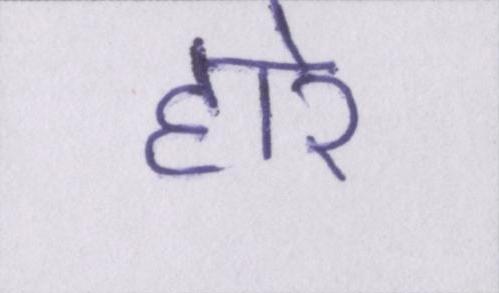
हारे